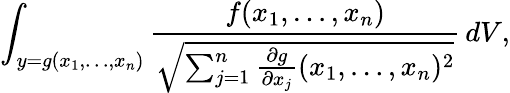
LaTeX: \int_{y=g(x_{1},\ldots,x_{n})}{\frac{f(x_{1},\ldots,x_{n})}{\sqrt{\sum_{j=1}^{n}{\frac{\partial g}{\partial x_{j}}}(x_{1},\ldots,x_{n})^{2}}}}\, dV,